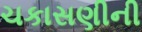
ચકાસણીની